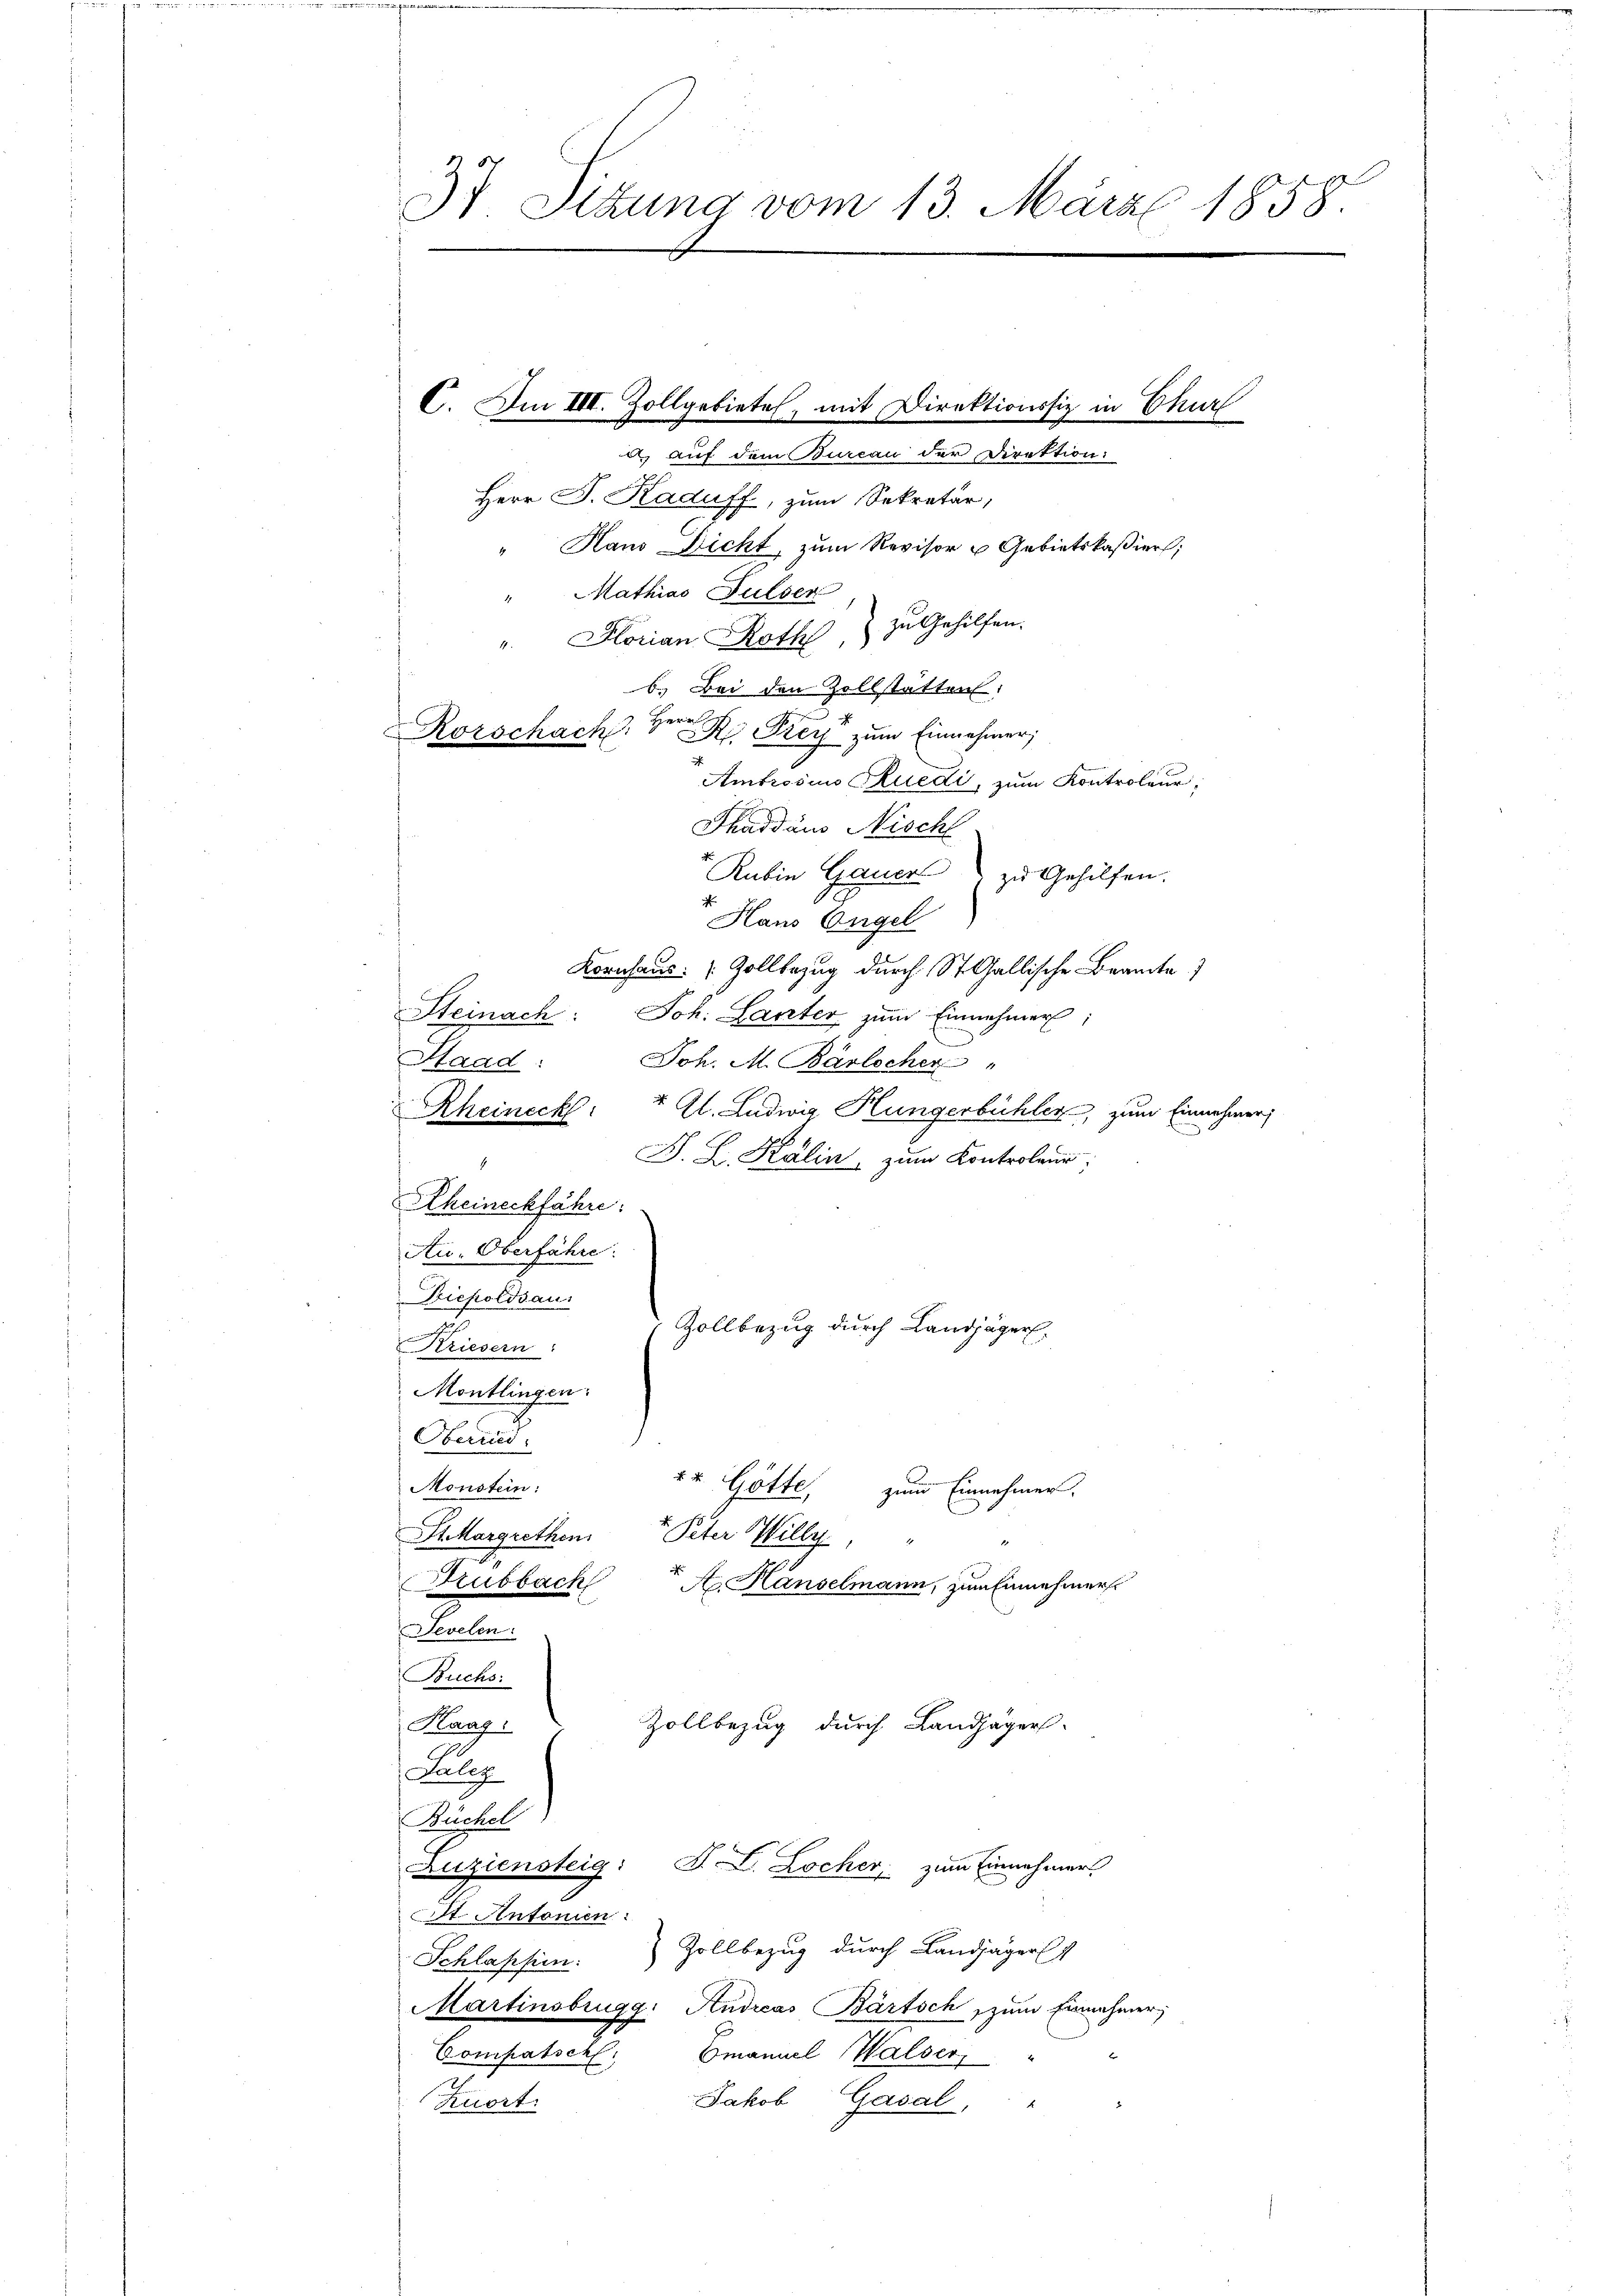
37 Sitzung vom 13. März 1858.

Herr D. Kaduff, zum Sekretär,
" Haus Dicht, zum Revisor u Gebietskaßiers;
" Mathias Fulser
Florian Roth, zu Gehilfen.
b. Bei den Zollstätten:
R. Frey zum Einnehmer;
Ambrosius Rhuedi, zum Kontroleur;
Shaddaus Nischl
Rubin Gauer zu Gehilfen.
Haus Engel
Kornhaus Zollbezug durch St. Gallische Beamte
Steinach: Joh. Lanter zum Einnehmer;
Haad:
Joh. M. Bärlicher "
Al. Ludwig Hungerbühler, zum Einnahmen,
Rheineck
F. L. Kälin, zum Kontroleur;
Rheineckfahre:
Au. Oberfähre.
iepoldsau
Zollbezug durch Landjäger
Kriesern
Montlingen.
Obend
Monstein:
r. Götte zum Einnehmer.
St Margrethen Peter Willy
Trubbach
A. Hanselmann, zum Einnehmer
Sevelen:
Buchs:
Zollbezug durch Landjäger
Kaag:
Lalez
Buchel
Zuziensteig: A. L. Locher zum Einnehmers
St. Antonien:
Zollbezug durch Landjägers
Schlappen:
Martinsbrugg: Andreas Bartsch, zum Einnahmer,
Compatsch
Bmanuel Halser,
Jakob Gasal, "
Kuort.

x
Rorschach, Herr

C. Im III. Zollgebieten, mit Direktionssiz in Churf

ercan der Direktion: